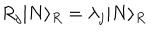
LaTeX: R _ { j } | N \rangle _ { R } = \lambda _ { j } | N \rangle _ { R }